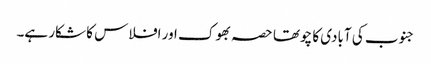
جنوب کی آبادی کا چوتھا حصہ بھوک اور افلاس کا شکار ہے۔